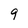
Character: 9